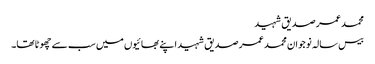
محمد عمر صدیق شہید
بیس سالہ نوجوان محمد عمر صدیق شہید اپنے بھائیوں میں سب سے چھوٹا تھا۔